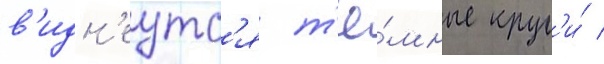
в'идн'еутс'я т'ё́мные круг'и́ /